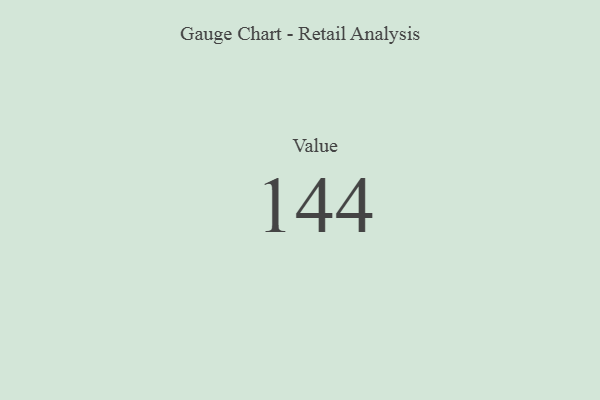
{"axis": {"x": "Metric", "y": "Value"}, "legend": [""], "data": [{"x": "Value", "y": 144, "type": ""}]}